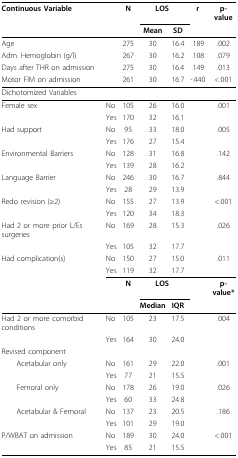
<table><thead><tr><td colspan="2"><b>Continuous Variable</b></td><td><b>N</b></td><td colspan="2"><b>LOS</b></td><td><b>r</b></td><td><b>p-value</b></td></tr><tr><td></td><td></td><td></td><td><b>Mean</b></td><td><b>SD</b></td><td></td><td></td></tr></thead><tbody><tr><td colspan="2">Age</td><td>275</td><td>30</td><td>16.4</td><td>.189</td><td>.002</td></tr><tr><td colspan="2">Adm. Hemoglobin (g/l)</td><td>267</td><td>30</td><td>16.2</td><td>.108</td><td>.079</td></tr><tr><td colspan="2">Days after THR on admission</td><td>275</td><td>30</td><td>16.4</td><td>.149</td><td>.013</td></tr><tr><td colspan="2">Motor FIM on admission</td><td>261</td><td>30</td><td>16.7</td><td>-.440</td><td>&lt;.001</td></tr><tr><td colspan="2">Dichotomized Variables</td><td></td><td></td><td></td><td></td><td></td></tr><tr><td>Female sex</td><td>No</td><td>105</td><td>26</td><td>16.0</td><td></td><td>.001</td></tr><tr><td></td><td>Yes</td><td>170</td><td>32</td><td>16.1</td><td></td><td></td></tr><tr><td>Had support</td><td>No</td><td>95</td><td>33</td><td>18.0</td><td></td><td>.005</td></tr><tr><td></td><td>Yes</td><td>176</td><td>27</td><td>15.4</td><td></td><td></td></tr><tr><td>Environmental Barriers</td><td>No</td><td>128</td><td>31</td><td>16.8</td><td></td><td>.142</td></tr><tr><td></td><td>Yes</td><td>139</td><td>28</td><td>16.2</td><td></td><td></td></tr><tr><td>Language Barrier</td><td>No</td><td>246</td><td>30</td><td>16.7</td><td></td><td>.844</td></tr><tr><td></td><td>Yes</td><td>28</td><td>29</td><td>13.9</td><td></td><td></td></tr><tr><td>Redo revision (≥2)</td><td>No</td><td>155</td><td>27</td><td>13.9</td><td></td><td>&lt;.001</td></tr><tr><td></td><td>Yes</td><td>120</td><td>34</td><td>18.3</td><td></td><td></td></tr><tr><td>Had 2 or more prior L/Es surgeries</td><td>No</td><td>169</td><td>28</td><td>15.3</td><td></td><td>.026</td></tr><tr><td></td><td>Yes</td><td>105</td><td>32</td><td>17.7</td><td></td><td></td></tr><tr><td>Had complication(s)</td><td>No</td><td>150</td><td>27</td><td>15.0</td><td></td><td>.011</td></tr><tr><td></td><td>Yes</td><td>119</td><td>32</td><td>17.7</td><td></td><td></td></tr><tr><td></td><td></td><td><b>N</b></td><td colspan="2"><b>LOS</b></td><td></td><td><b>p-value*</b></td></tr><tr><td></td><td></td><td></td><td><b>Median</b></td><td><b>IQR</b></td><td></td><td></td></tr><tr><td>Had 2 or more comorbid conditions</td><td>No</td><td>105</td><td>23</td><td>17.5</td><td></td><td>.004</td></tr><tr><td></td><td>Yes</td><td>164</td><td>30</td><td>24.0</td><td></td><td></td></tr><tr><td colspan="2">Revised component</td><td></td><td></td><td></td><td></td><td></td></tr><tr><td> Acetabular only</td><td>No</td><td>161</td><td>29</td><td>22.0</td><td></td><td>.001</td></tr><tr><td></td><td>Yes</td><td>77</td><td>21</td><td>15.5</td><td></td><td></td></tr><tr><td> Femoral only</td><td>No</td><td>178</td><td>26</td><td>19.0</td><td></td><td>.026</td></tr><tr><td></td><td>Yes</td><td>60</td><td>33</td><td>24.8</td><td></td><td></td></tr><tr><td> Acetabular &amp; Femoral</td><td>No</td><td>137</td><td>23</td><td>20.5</td><td></td><td>.186</td></tr><tr><td></td><td>Yes</td><td>101</td><td>29</td><td>19.0</td><td></td><td></td></tr><tr><td>P/WBAT on admission</td><td>No</td><td>189</td><td>30</td><td>24.0</td><td></td><td>&lt;.001</td></tr><tr><td></td><td>Yes</td><td>85</td><td>21</td><td>15.5</td><td></td><td></td></tr></tbody></table>